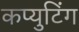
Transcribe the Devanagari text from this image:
कप्युटिंग